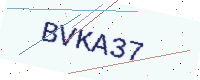
Text: BVKA37